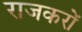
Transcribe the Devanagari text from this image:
राजकरों